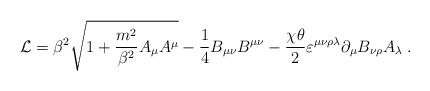
\begin{align*}\mathcal{L}= \beta^2 \sqrt{1+\frac{m^2}{\beta^2}A_\mu A^\mu}-\frac{1}{4} B_{\mu \nu}B^{\mu \nu} - \frac{\chi\theta}{2}\varepsilon^{\mu \nu \rho \lambda }\partial_\mu B_{\nu \rho} A_\lambda\; .\end{align*}